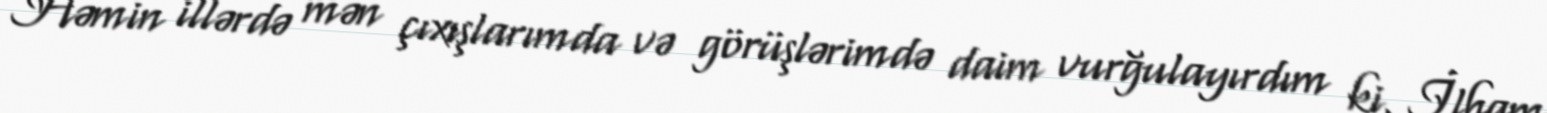
Həmin illərdə mən çıxışlarımda və görüşlərimdə daim vurğulayırdım ki, İlham